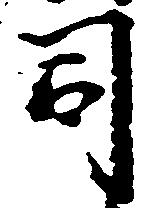
司